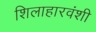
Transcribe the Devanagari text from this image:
शिलाहारवंशी